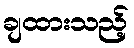
ချထားသည့်